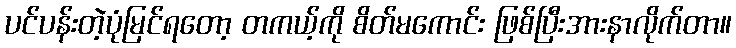
ပင်ပန်းတဲ့ပုံမြင်ရတော့ တကယ့်ကို စိတ်မကောင်း ဖြစ်ပြီးအားနာလိုက်တာ။